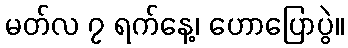
မတ်လ ၇ ရက်နေ့၊ ဟောပြောပွဲ။